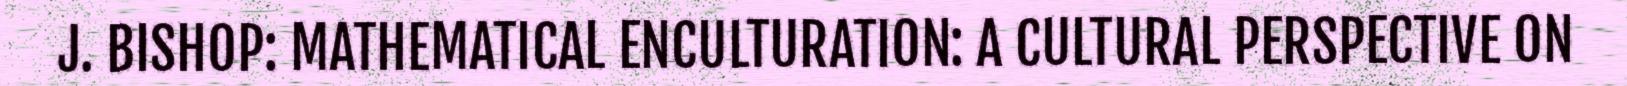
J. BISHOP: MATHEMATICAL ENCULTURATION: A CULTURAL PERSPECTIVE ON